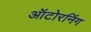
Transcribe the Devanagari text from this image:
ऑटोरनिंग